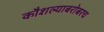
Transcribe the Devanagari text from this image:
कौशल्याबरोबरच